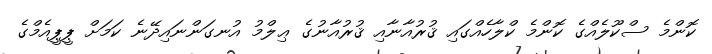
ކޮންމެ ސްކޫލެއްގެ ކޮންމެ ކްލާހެއްގައި ޤުރުއާނާއި ޤުރުއާނުގެ ޢިލްމު އުނގަންނައިދޭނެ ކަމަށް ޕީޕީއެމްގެ